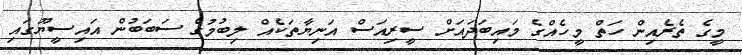
މީގެ ތެރެއިން ހަތް މީހެއްގެ މައިބަދައަށް ސީރިއަސް އަނިޔާތަކެއް ލިބުމުގެ ސަބަބުން އައިސީޔޫގައި